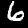
Label: 6